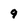
Character: 9